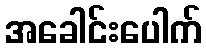
အခေါင်းပေါက်